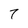
Character: 7